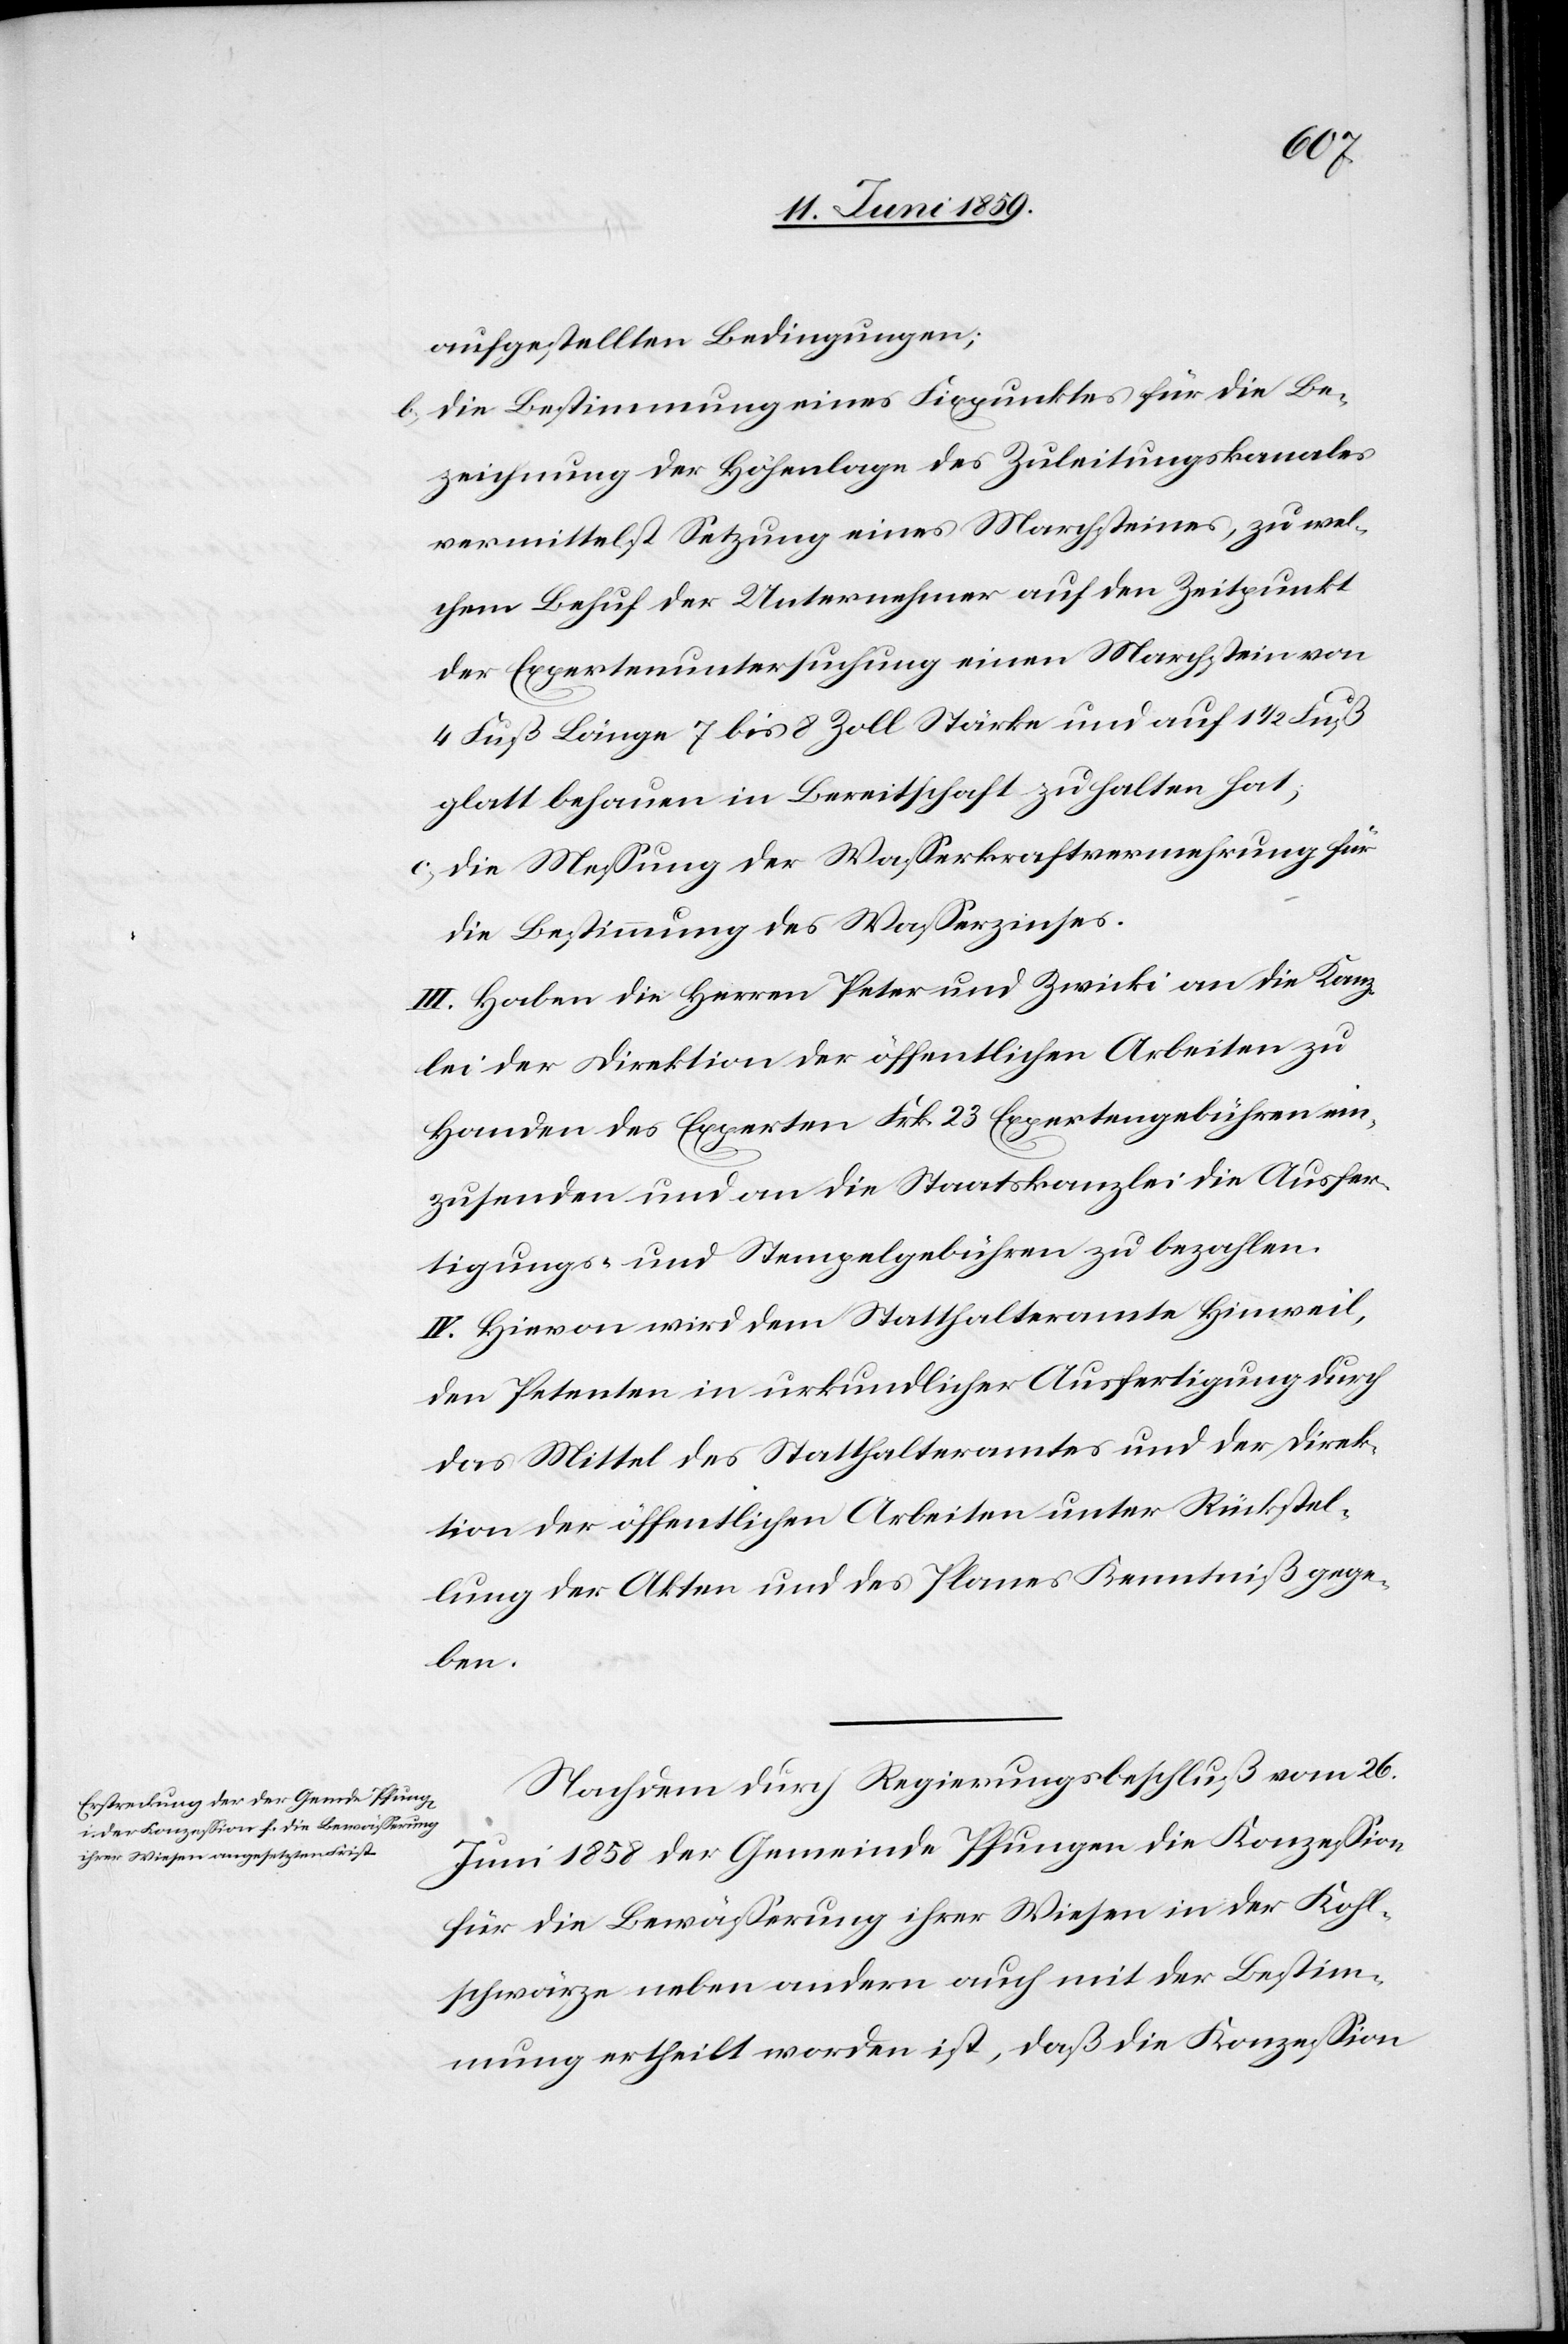
aufgestellten Bedingungen;
b) Die Bestimmung eines Fixpunktes für die Be¬
zeichnung der Höhenlage des Zuleitungskanals
vermittelst Setzung eines Marchsteines, zu wel¬
chem Behuf der Unternehmer auf den Zeitpunkt
der Expertenuntersuchung einen Marchstein von
4 Fuß Länge 7 bis 8 Zoll Stärke und auf 1½ Fuß
glatt behauen in Bereitschaft zu halten hat;
c) Die Messung der Wasserkraftvermehrung für
die Bestimmung des Wasserzinses.
III. Haben die Herren Peter und Zwicki an die Kanz¬
lei der Direktion der öffentlichen Arbeiten zu
Handen des Experten Frk. 23 Expertengebühren ein¬
zusenden und an die Staatskanzlei die Ausfer¬
tigungs- und Stempelgebühren zu bezahlen.
IV. Hievon wird dem Statthalteramte Hinweil,
den Petenten in urkundlicher Ausfertigung durch
das Mittel des Statthalteramtes und der Direk¬
tion der öffentlichen Arbeiten unter Rückstel¬
lung der Akten und des Planes Kenntniß gege¬
ben.
Nachdem durch Regierungsbeschluß vom 26.
Juni 1858 der Gemeinde Pfungen die Konzession
für die Bewässerung ihrer Wiese in der Kohl¬
schwärze neben andern auch mit der Bestim¬
mung ertheilt worden ist, daß die Konzession